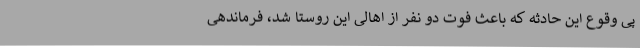
پی وقوع این حادثه که باعث فوت دو نفر از اهالی این روستا شد، فرماندهی